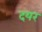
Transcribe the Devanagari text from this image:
दयर